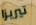
تيريزا